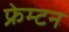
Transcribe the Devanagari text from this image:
फ्रेम्टन